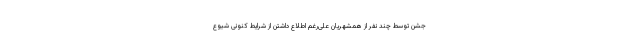
جشن توسط چند نفر از همشهریان علی‌رغم اطلاع داشتن از شرایط کنونی شیوع